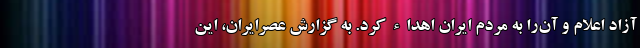
آزاد اعلام و آن‌را به مردم ایران اهداء کرد. به گزارش عصرایران، این